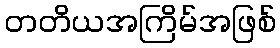
တတိယအကြိမ်အဖြစ်